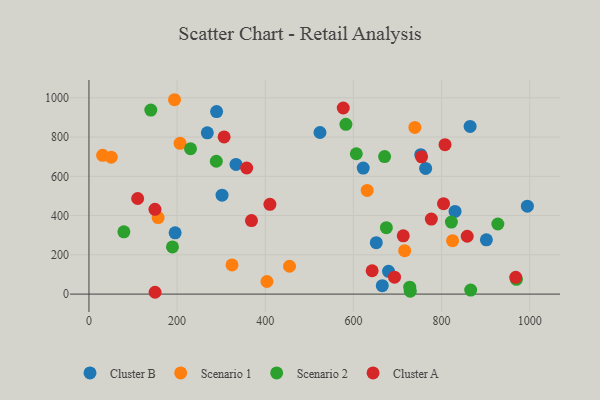
{"axis": {"x": "Study Hours", "y": "Salary"}, "legend": ["Cluster A", "Cluster B", "Scenario 1", "Scenario 2"], "data": [{"x": "864.7", "y": 854.2, "type": "Cluster B"}, {"x": "301.9", "y": 504.2, "type": "Cluster B"}, {"x": "901.6", "y": 276.4, "type": "Cluster B"}, {"x": "289.6", "y": 929.7, "type": "Cluster B"}, {"x": "994.6", "y": 447.8, "type": "Cluster B"}, {"x": "830.5", "y": 421.1, "type": "Cluster B"}, {"x": "763.8", "y": 640.3, "type": "Cluster B"}, {"x": "268.5", "y": 821.7, "type": "Cluster B"}, {"x": "195.5", "y": 312.0, "type": "Cluster B"}, {"x": "622.2", "y": 642.1, "type": "Cluster B"}, {"x": "524.1", "y": 823.3, "type": "Cluster B"}, {"x": "679.6", "y": 116.2, "type": "Cluster B"}, {"x": "752.7", "y": 710.4, "type": "Cluster B"}, {"x": "333.6", "y": 660.6, "type": "Cluster B"}, {"x": "651.8", "y": 262.2, "type": "Cluster B"}, {"x": "665.4", "y": 43.0, "type": "Cluster B"}, {"x": "206.7", "y": 768.3, "type": "Scenario 1"}, {"x": "631.2", "y": 528.1, "type": "Scenario 1"}, {"x": "824.9", "y": 272.3, "type": "Scenario 1"}, {"x": "50.5", "y": 697.7, "type": "Scenario 1"}, {"x": "455.0", "y": 141.8, "type": "Scenario 1"}, {"x": "739.3", "y": 849.3, "type": "Scenario 1"}, {"x": "324.5", "y": 148.6, "type": "Scenario 1"}, {"x": "194.1", "y": 990.2, "type": "Scenario 1"}, {"x": "156.9", "y": 389.7, "type": "Scenario 1"}, {"x": "403.8", "y": 64.3, "type": "Scenario 1"}, {"x": "31.0", "y": 707.1, "type": "Scenario 1"}, {"x": "716.2", "y": 221.0, "type": "Scenario 1"}, {"x": "230.4", "y": 740.5, "type": "Scenario 2"}, {"x": "288.9", "y": 676.9, "type": "Scenario 2"}, {"x": "969.7", "y": 75.5, "type": "Scenario 2"}, {"x": "822.2", "y": 367.1, "type": "Scenario 2"}, {"x": "670.7", "y": 700.5, "type": "Scenario 2"}, {"x": "606.5", "y": 714.9, "type": "Scenario 2"}, {"x": "727.7", "y": 35.3, "type": "Scenario 2"}, {"x": "728.9", "y": 14.9, "type": "Scenario 2"}, {"x": "582.9", "y": 864.9, "type": "Scenario 2"}, {"x": "189.4", "y": 240.5, "type": "Scenario 2"}, {"x": "927.6", "y": 357.0, "type": "Scenario 2"}, {"x": "674.7", "y": 338.3, "type": "Scenario 2"}, {"x": "866.0", "y": 20.3, "type": "Scenario 2"}, {"x": "140.3", "y": 937.3, "type": "Scenario 2"}, {"x": "79.2", "y": 317.4, "type": "Scenario 2"}, {"x": "776.7", "y": 382.3, "type": "Cluster A"}, {"x": "693.2", "y": 86.4, "type": "Cluster A"}, {"x": "642.4", "y": 119.0, "type": "Cluster A"}, {"x": "858.1", "y": 294.8, "type": "Cluster A"}, {"x": "713.0", "y": 297.0, "type": "Cluster A"}, {"x": "576.9", "y": 948.0, "type": "Cluster A"}, {"x": "150.0", "y": 9.3, "type": "Cluster A"}, {"x": "754.6", "y": 699.3, "type": "Cluster A"}, {"x": "807.8", "y": 761.4, "type": "Cluster A"}, {"x": "368.7", "y": 374.8, "type": "Cluster A"}, {"x": "410.5", "y": 457.3, "type": "Cluster A"}, {"x": "968.2", "y": 85.6, "type": "Cluster A"}, {"x": "306.6", "y": 800.5, "type": "Cluster A"}, {"x": "149.7", "y": 432.0, "type": "Cluster A"}, {"x": "110.5", "y": 486.9, "type": "Cluster A"}, {"x": "804.4", "y": 460.7, "type": "Cluster A"}, {"x": "357.8", "y": 642.5, "type": "Cluster A"}]}